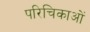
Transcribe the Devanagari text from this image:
परिचिकाओं